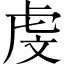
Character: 虔